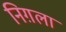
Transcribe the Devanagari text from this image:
निग़ला